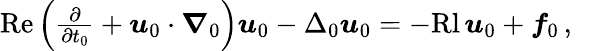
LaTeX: \begin{array}{r}{\mathrm{Re}\left(\frac{\partial}{\partial t_{0}}+{\boldsymbol u}_{0}\cdot{\boldsymbol\nabla}_{0}\right){\boldsymbol u}_{0}-\Delta_{0}{\boldsymbol u}_{0}=-\mathrm{Rl}\, {\boldsymbol u}_{0}+{\boldsymbol f}_{0}\, ,\quad}\end{array}